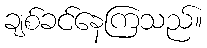
ချစ်ခင်နေကြသည်။